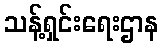
သန့်ရှင်းရေးဌာန